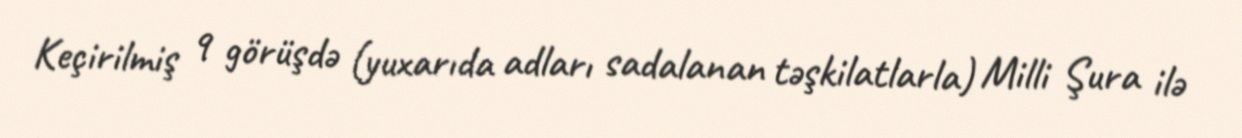
Keçirilmiş 9 görüşdə (yuxarıda adları sadalanan təşkilatlarla) Milli Şura ilə